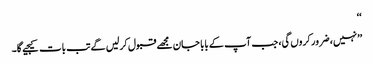
‘‘
’’نہیں، ضرور کروں گی، جب آپ کے بابا جان مجھے قبول کرلیں گے تب بات کیجیے گا۔